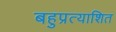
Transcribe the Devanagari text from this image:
बहुप्रत्याशित